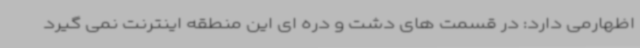
اظهارمی دارد: در قسمت های دشت و دره ای این منطقه اینترنت نمی گیرد